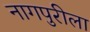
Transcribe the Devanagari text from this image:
नागपुरीला